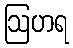
ဩဟရ